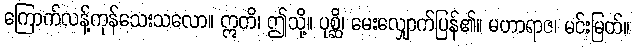
ကြောက်လန့်ကုန်သေးသလော။ ဣတိ၊ ဤသို့။ ပုစ္ဆိ၊ မေးလျှောက်ပြန်၏။ မဟာရာဇ၊ မင်းမြတ်။